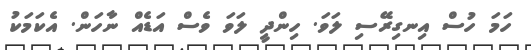
ހަމަ ހުސް އިނގިރޭސި ލަވަ. ހިންދީ ލަވަ ވެސް އަޑެއް ނާހަން. އެކަމަކު